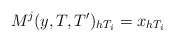
\begin{align*} M^j(y,T,T')_{h T_i} = x_{h T_i} \end{align*}